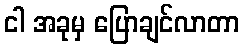
ငါ အခုမှ ပြောချင်လာတာ